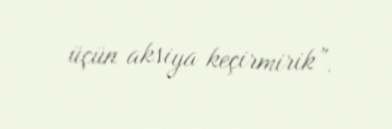
üçün aksiya keçirmirik”.